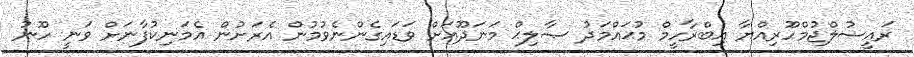
ރައީސުލްޖުމްހޫރިއްޔާ އިބްރާހީމް މުޙައްމަދު ޞާލިޙް މަނަދޫއަށް ވަޑައިގެންނެވުމުން އެރަށުން އެމަނިކުފާނަށް ވަނީ ހޫނު